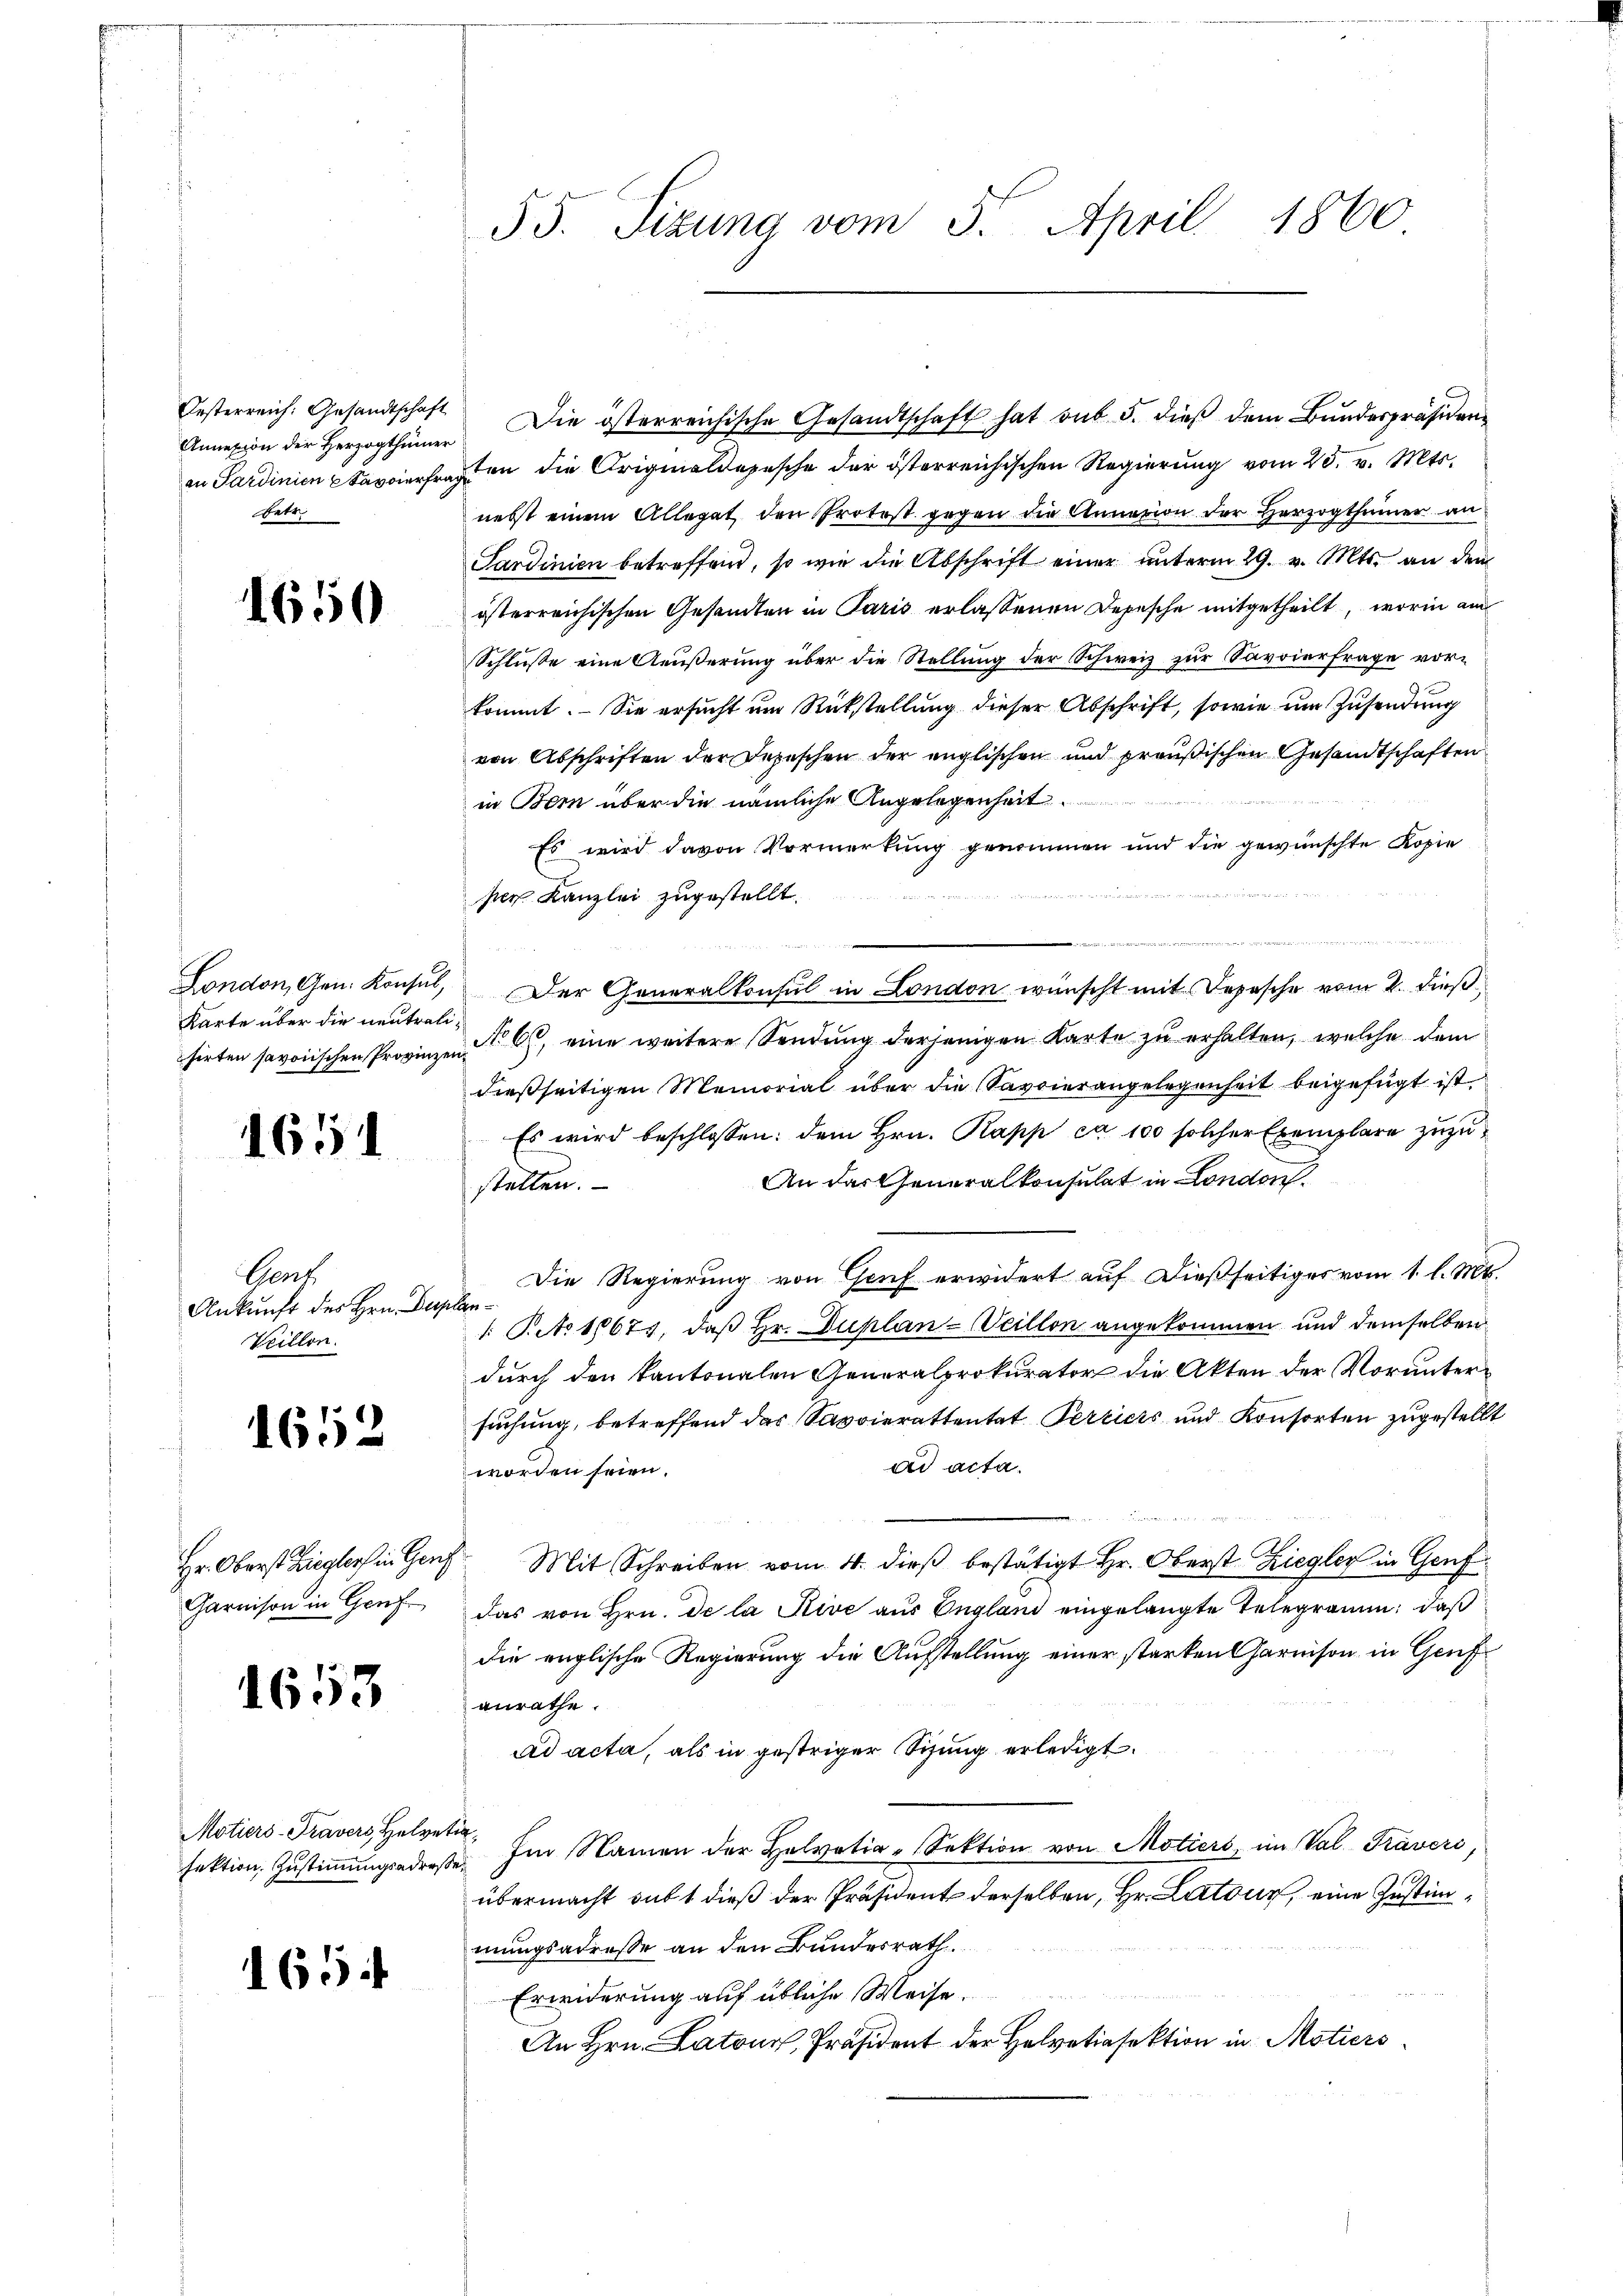
Oesterreich: Gesandtschaft
Annexion der Herzogthumer
an Sardinien Stavierfr
betr.

1650

London, Gen. Konsul,
Karte über die neutralsirten savoiischen Provinze

.

651

Gent
Ankunft des Hrn. Der
Vrillon

1652

Hr. Oberst Ziegleich in Gen
Garnison in Genf

1653

Motiers-Travers, Helve
sektion, Zustimmungsadre

1654

55. Sizung vom 5. April 1860

e
asten die Originaldopische der österreichischen Regierung vom 25. v. Mts.
nebst einem Allogat den Protost gegen die Annation der Herzogthumer an
Sardinien betreffend, so wie die Abschrift einer unterm 29. v. Mts. an dem
österreichischen Gesandten in Paris erlassenen Depesche mitgetheilt, worin am
Schluße eine Aeußerung über die Stellung der Schweiz zur Savoierfrage vorkommt. Sie ersucht um Rückstellung dieser Abschrift, sowie um Zusendung
von Abschriften der Depeschen der englischen und preußischen Gesandtschaften
in Bern über die nämliche Angelegenheit.
Es wird davon Vormerkung genommen und die gewünschte Kopie
per Kanzlei zugestellt.
Der Generalkonsul in London wünscht mit Depesche vom 2. dieß.
 No 60, eine weitere Sendung derjenigen Karte zu erhalten, welche dem
dießseitigen Memorial über die Savoierangelegenheit beigefügt ist.
Es wird beschlossen: dem Hrn. Papp ca 100 solcher Exemplare zuzu¬
An das Generalkonsulat in London.
stellen.
Die Regierung von Genf erwidert auf dießseitiges vom 1. l. Mts.
Ale¬
1: Pto 10671, daß Hr. Duplan-Veillon angekommen und demselben
durch den kantonalen Generalprokurator die Akten der Voruntersuchung, betreffend das Savoierattentat Perciers und Konsorten zugestellt
ad acta.
worden seien.
Mit Schreiben vom 4. dieß bestätigt Hr. Oberst Ziegler in Genf
das von Hrn. De la Rive aus England eingelangte Telegramm, daß
die englische Regierung die Aufstellung einer starken Charnison in Genf
anrathe.
ad acta, als in gestriger Sizung erledigt.
teg
Im Namen der Helvetia-Sektion von Motiers, im Val Traveri
Sec
übermacht sub 1 dieß der Präsident derselben, Hr. Latour, eine Zustimmungsadresse an den Bundesrath
Erwiderung auf übliche Weise.
An Hrn. Latons, Präsident der Helvetiasektion in Motiers

Die österreichische Gesandtschaft hat sub 5. dieß dem Bundespräsiden¬